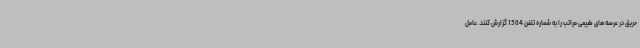
حریق در عرصه های طبیعی مراتب را به شماره تلفن 1504 گزارش کنند. عامل